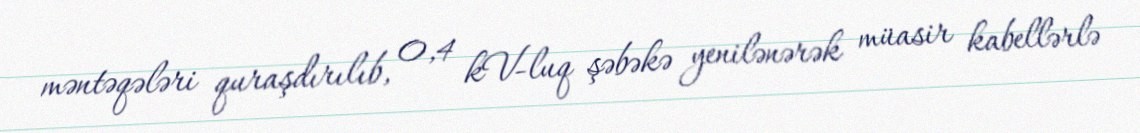
məntəqələri quraşdırılıb, 0,4 kV-luq şəbəkə yenilənərək müasir kabellərlə